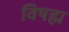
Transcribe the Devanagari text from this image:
विषह्म